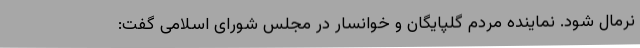
نرمال شود. نماینده مردم گلپایگان و خوانسار در مجلس شورای اسلامی گفت: